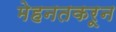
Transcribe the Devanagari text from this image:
मेहनतकरून